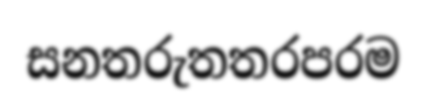
සනතරුතතරපරම